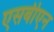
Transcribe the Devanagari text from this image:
एसबीएन